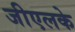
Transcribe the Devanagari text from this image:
जीएलके